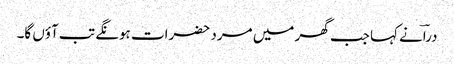
دراؔنے کہا جب گھر میں مرد حضرات ہونگے تب آؤں گا۔